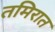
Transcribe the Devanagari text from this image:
तमिरात